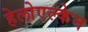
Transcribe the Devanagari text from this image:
हेलोएल्केन